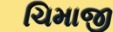
ચિમાજી